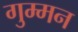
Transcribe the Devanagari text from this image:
गुम्मन